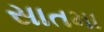
સાતમા